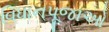
વિધાનપૂજાઓ